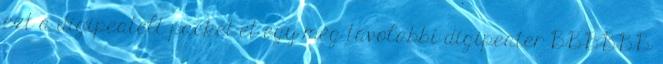
ezt a digipeatelt packet-et egy még távolabbi digipeater BBBBBB